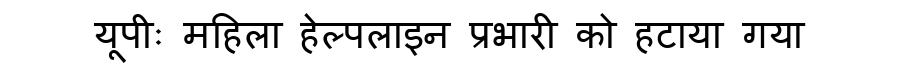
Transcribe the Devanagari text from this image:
यूपीः महिला हेल्पलाइन प्रभारी को हटाया गया